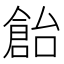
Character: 𠏓